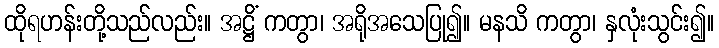
ထိုရဟန်းတို့သည်လည်း။ အဋ္ဌိံ ကတွာ၊ အရိုအသေပြု၍။ မနသိ ကတွာ၊ နှလုံးသွင်း၍။